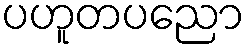
ပဟူတပညော